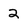
Character: 2